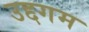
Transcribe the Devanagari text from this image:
उद्दगम